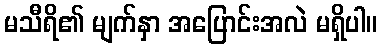
မသီရိ၏ မျက်နှာ အပြောင်းအလဲ မရှိပါ။